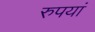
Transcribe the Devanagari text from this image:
रुपयां